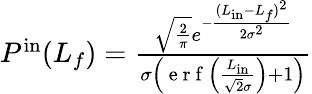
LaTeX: \begin{array}{r}{P^{\mathrm{in}}(L_{f})=\frac{\sqrt{\frac{2}{\pi}}e^{-\frac{(L_{\mathrm{in}}-L_{f})^{2}}{2\sigma^{2}}}}{\sigma\left(\mathrm{~e~r~f~}\left(\frac{L_{\mathrm{in}}}{\sqrt{2}\sigma}\right)+1\right)}}\end{array}